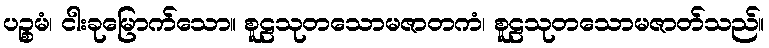
ပဉ္စမံ၊ ငါးခုမြောက်သော။ စူဠသုတသောမဇာတကံ၊ စူဠသုတသောမဇာတ်သည်။